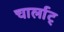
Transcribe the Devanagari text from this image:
चार्लाट्